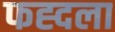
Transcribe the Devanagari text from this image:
फह्दला